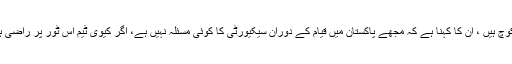
نیوزی لینڈ کے مارک کولز اس وقت پاکستان ویمنز ٹیم کے کوچ ہیں ، ان کا کہنا ہے کہ مجھے پاکستان میں قیام کے دوران سیکیورٹی کا کوئی مسئلہ نہیں ہے، اگر کیوی ٹیم اس ٹور پر راضی ہوتی ہے تو یہ پاکستان کرکٹ کیلئے بہت زیادہ فائدہ مند ہوگا۔